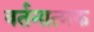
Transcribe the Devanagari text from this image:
वर्तनात्मक